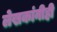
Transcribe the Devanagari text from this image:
लेखकांनीही